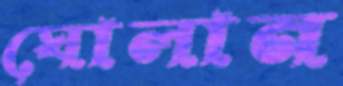
ঘোলান